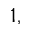
^ { 1 , }